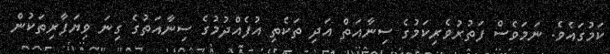
ކަމުގައެވެ. ނަމަވެސް ފަތުރުވެރިކަމުގެ ސިނާއަތް އަދި ތަކެތި އުފެއްދުމުގެ ސިނާއަތުގެ ގިނަ ވިޔަފާރިތަކުން